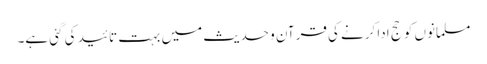
مسلمانوں کو حج ادا کرنے کی قرآن و حدیث میں بہت تائید کی گئی ہے۔